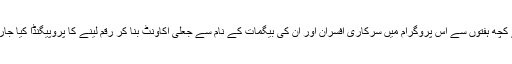
پچھلے کچھ ہفتوں سے اس پروگرام میں سرکاری افسران اور ان کی بیگمات کے نام سے جعلی اکاونٹ بنا کر رقم لینے کا پروپیگنڈا کیا جارہا ہے۔